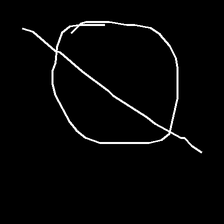
Glyph: orb